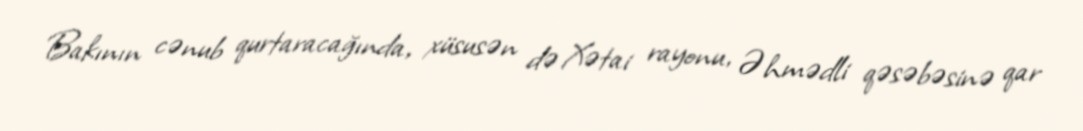
Bakının cənub qurtaracağında, xüsusən də Xətai rayonu, Əhmədli qəsəbəsinə qar